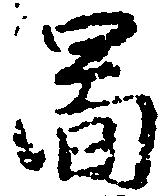
図